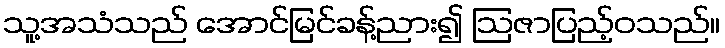
သူ့အသံသည် အောင်မြင်ခန့်ညား၍ ဩဇာပြည့်ဝသည်။